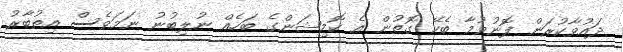
ދައުވާކުރަން ފޮނުވުމާ ބެހޭ ގޮތުން އެ ކޮމިޝަންގެ ބަހެއް ނުލިބުނު ނަމަވެސް އިތުބާރު